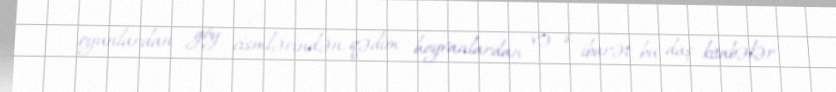
oyunlardan, göy cismlərindən, qədim heyvanlardan və s. ibarət bu daş kitabələr